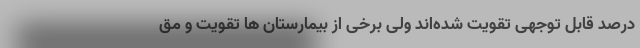
درصد قابل توجهی تقویت شده‌اند ولی برخی از بیمارستان ها تقویت و مق